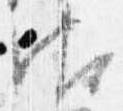
御